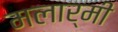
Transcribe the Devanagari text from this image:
मलार्मी